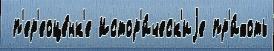
 п'ер'еоце́нк'е Истор'и́ческ'иjе пр'и́хоть